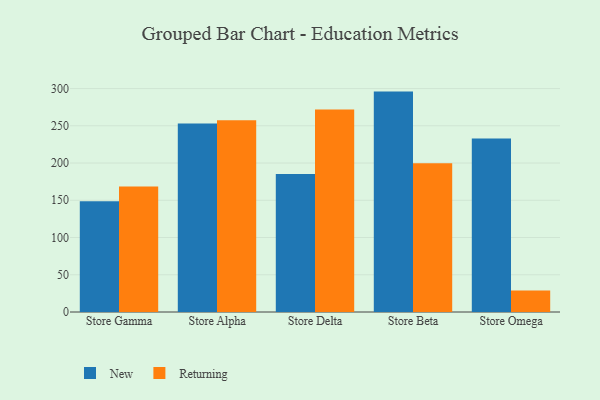
{"axis": {"x": "Store", "y": "Budget (USD K)"}, "legend": ["New", "Returning"], "data": [{"x": "Store Gamma", "y": 148.6, "type": "New"}, {"x": "Store Gamma", "y": 168.5, "type": "Returning"}, {"x": "Store Alpha", "y": 253.2, "type": "New"}, {"x": "Store Alpha", "y": 257.6, "type": "Returning"}, {"x": "Store Delta", "y": 185.4, "type": "New"}, {"x": "Store Delta", "y": 271.8, "type": "Returning"}, {"x": "Store Beta", "y": 295.9, "type": "New"}, {"x": "Store Beta", "y": 199.6, "type": "Returning"}, {"x": "Store Omega", "y": 233.1, "type": "New"}, {"x": "Store Omega", "y": 29.0, "type": "Returning"}]}